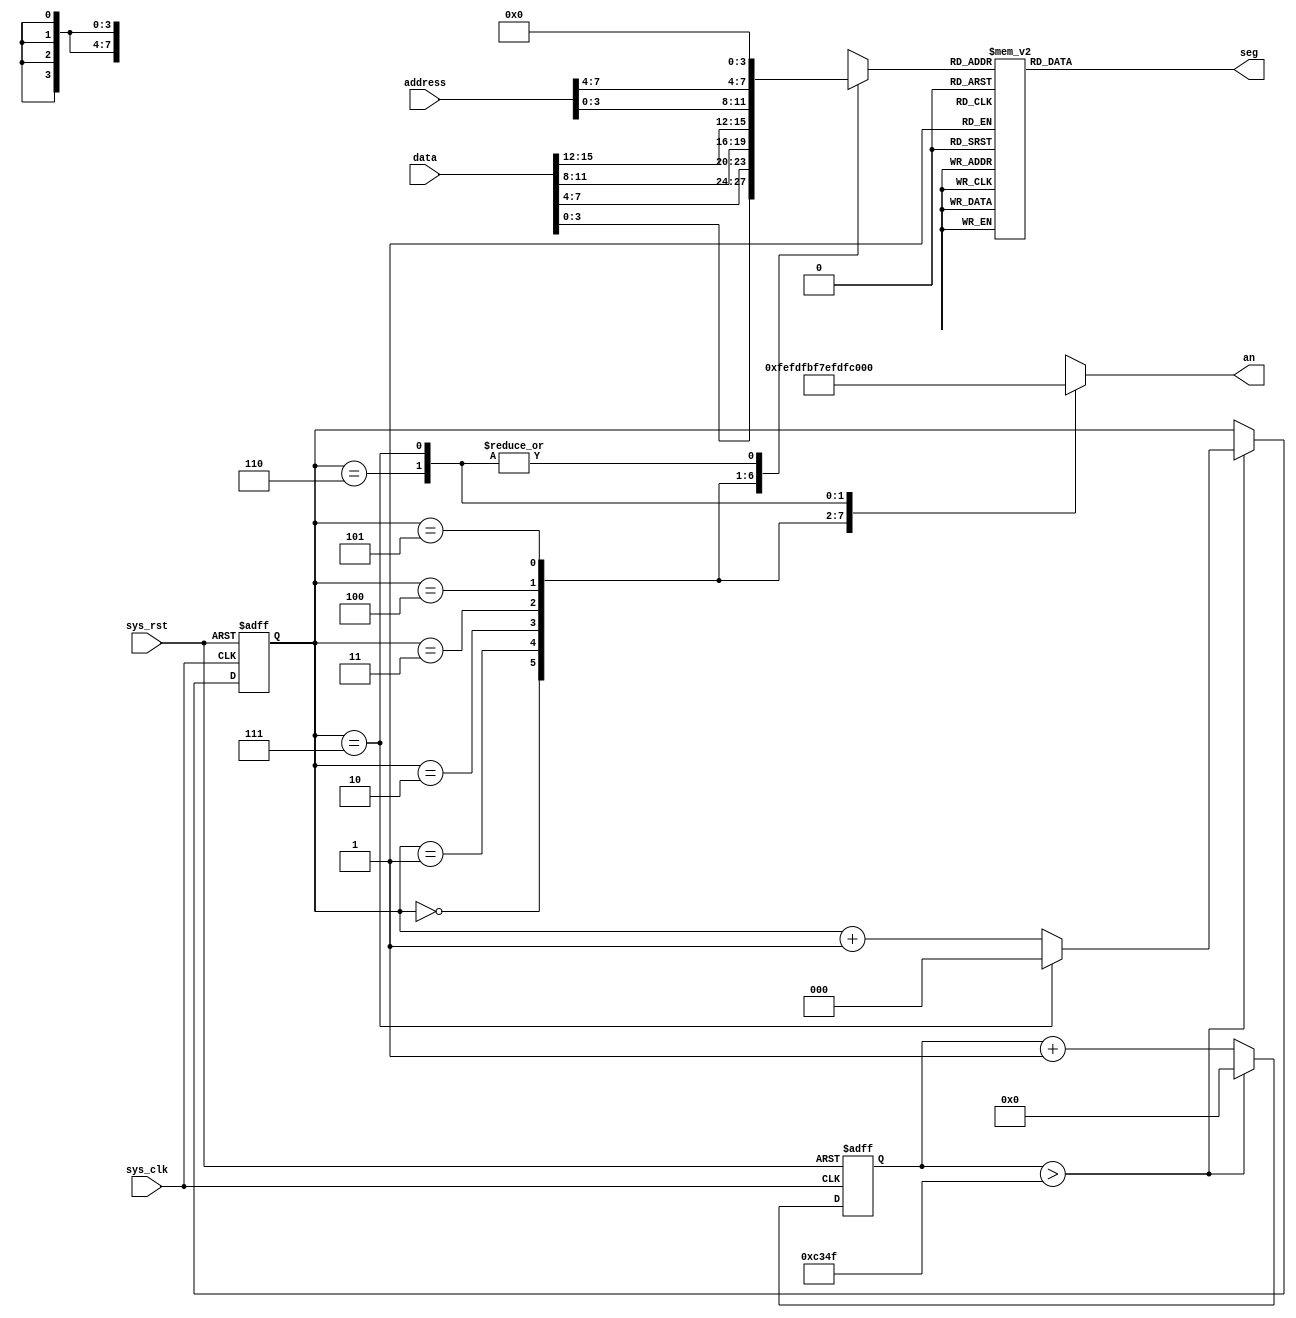
`timescale 1ns / 1ps
//////////////////////////////////////////////////////////////////////////////////
// Company: 
// Engineer: 
// 
// Design Name: 
// Module Name: seg_out
// Project Name: 
// Target Devices: 
// Tool Versions: 
// Description: 
// 
// Dependencies: 
// 
// Revision:
// Revision 0.01 - File Created
// Additional Comments:
// 
//////////////////////////////////////////////////////////////////////////////////


/*
    The output for segs.

    last edit: 2022.3.27
*/
module seg_out(
    input sys_clk,
    input sys_rst,
    input [7:0] address,
    input [15:0] data,
    output reg [7:0] an,
    output reg [6:0] seg
    );


    reg [2:0] seg_cnt;
    reg [3:0] seg_data;
    reg [16:0] clk400;

    initial begin
        seg_cnt <= 0;
        clk400 <= 0;
    end

    always @(posedge sys_clk or negedge sys_rst) begin
    //always @(posedge sys_clk or negedge sys_rst) begin
        if (sys_rst == 0) begin
            clk400 <= 0;
            seg_cnt <= 0;
        end
        else begin
            if (clk400 > 'd49999) begin
            //if (clk400 > 'd4) begin
                clk400 = 'b0;
                if (seg_cnt == 'd7) begin
                    seg_cnt <= 'b0;
                end
                else
                    seg_cnt <= seg_cnt + 'b1;
            end
            else begin
                clk400 <= clk400 + 'b1;
            end
        end
    end
    
    always @(*) begin
        case (seg_cnt)
             'd0: begin an <= 8'b11111110; seg_data <= data[3:0]; end
             'd1: begin an <= 8'b11111101; seg_data <= data[7:4]; end
             'd2: begin an <= 8'b11111011; seg_data <= data[11:8]; end
             'd3: begin an <= 8'b11110111; seg_data <= data[15:12]; end
             'd4: begin an <= 8'b11101111; seg_data <= address[3:0]; end
             'd5: begin an <= 8'b11011111; seg_data <= address[7:4]; end
             'd6: begin an <= 8'b10111111; seg_data <= 'b0; end
             'd7: begin an <= 8'b01111111; seg_data <= 'b0; end
        endcase   
        case (seg_data)
            4'h0: seg <= 7'b0000001;  //0
            4'h1: seg <= 7'b1001111;  //1
            4'h2: seg <= 7'b0010010;  //2
            4'h3: seg <= 7'b0000110;  //3
            4'h4: seg <= 7'b1001100;  //4
            4'h5: seg <= 7'b0100100;  //5
            4'h6: seg <= 7'b0100000;  //6
            4'h7: seg <= 7'b0001111;  //7
            4'h8: seg <= 7'b0000000;  //8
            4'h9: seg <= 7'b0000100;  //9
            4'ha: seg <= 7'b0001000;  //A
            4'hb: seg <= 7'b1100000;  //b
            4'hc: seg <= 7'b0110001;  //C
            4'hd: seg <= 7'b1000010;  //d
            4'he: seg <= 7'b0110000;  //E
            4'hf: seg <= 7'b0111000;  //F


            default: seg <= 7'b0000001;
        endcase
    end
endmodule